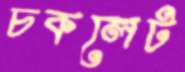
চকলেট